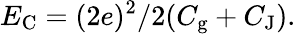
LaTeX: E_{\mathrm{{C}}}=(2e)^{2}/2(C_{\mathrm{{g}}}+C_{\mathrm{{J}}}).